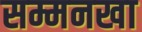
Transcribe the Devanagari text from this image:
सम्मनखा